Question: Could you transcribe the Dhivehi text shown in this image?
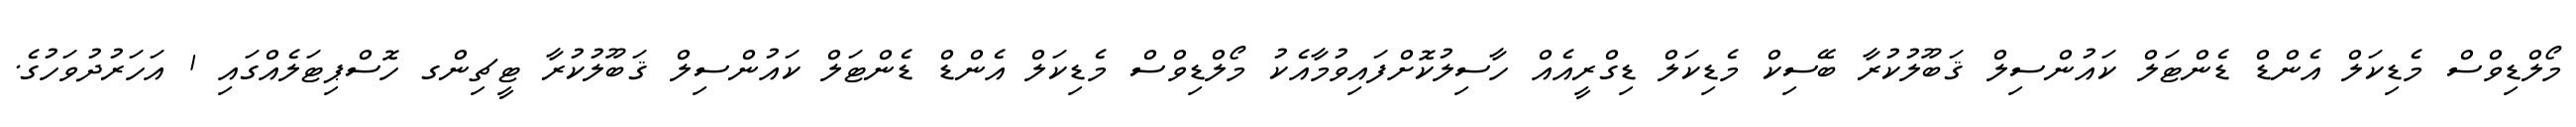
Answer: މޯލްޑިވްސް މެޑިކަލް އެންޑް ޑެންޓަލް ކައުންސިލް ޤަބޫލުކުރާ ބޭސިކް މެޑިކަލް ޑިގްރީއެއް ހާސިލުކޮށްފައިވުމާއެކު މޯލްޑިވްސް މެޑިކަލް އެންޑް ޑެންޓަލް ކައުންސިލް ޤަބޫލުކުރާ ޓީޗިންގ ހޮސްޕިޓަލެއްގައި 1 އަހަރުދުވަހުގެ.